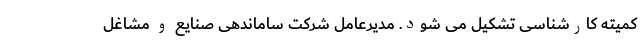
کمیته کارشناسی تشکیل می شود. مدیرعامل شرکت ساماندهی صنایع و مشاغل